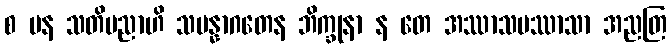
စ ပန သတိပညာဟိ သမန္နာဂတေန ဘိက္ခုနာ န တေ အဿာသပဿာသာ အညတြ